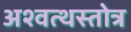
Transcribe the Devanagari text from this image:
अश्वत्थस्तोत्र